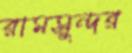
রামসুন্দর